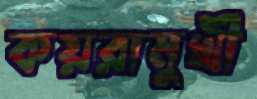
কয়রামুখী